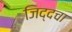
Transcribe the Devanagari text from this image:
जिद्दचा